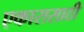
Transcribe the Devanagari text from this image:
एकारासाठी